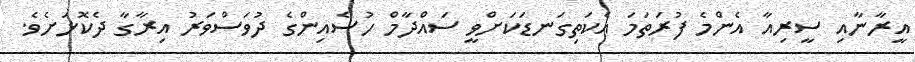
އީރާނާއި ސީރިއާ އެންމެ ފުރަތަމަ އެކަތިގަނޑަކަށްވީ ސައްދާމް ހުސެއިންގެ ދުވަސްވަރު އިރާގާ ދެކޮޅަށެވެ.